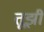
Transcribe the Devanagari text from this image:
तूझी